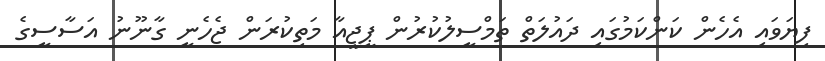
ފިޔަވައި އެހެން ކަންކަމުގައި ދައުލަތް ތަމްސީލުކުރުން ޕީޖީއާ މަތިކުރަން ޖެހެނީ ގާނޫނު އަސާސީގެ